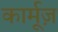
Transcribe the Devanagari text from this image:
कार्मूज़